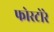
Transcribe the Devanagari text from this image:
फोरटोरे